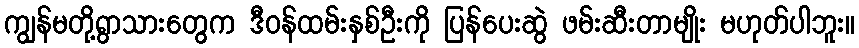
ကျွန်မတို့ရွာသားတွေက ဒီဝန်ထမ်းနှစ်ဦးကို ပြန်ပေးဆွဲ ဖမ်းဆီးတာမျိုး မဟုတ်ပါဘူး။